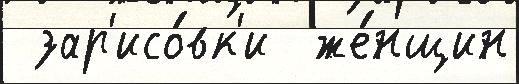
 зар'исо́вк'и  же́нщин